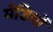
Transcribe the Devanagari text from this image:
मेडियों